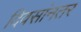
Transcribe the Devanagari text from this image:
दिवसांनतर